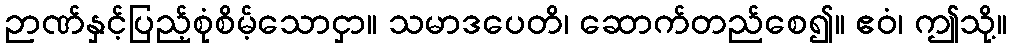
ဉာဏ်နှင့်ပြည့်စုံစိမ့်သောငှာ။ သမာဒပေတိ၊ ဆောက်တည်စေ၍။ ဧဝံ၊ ဤသို့။